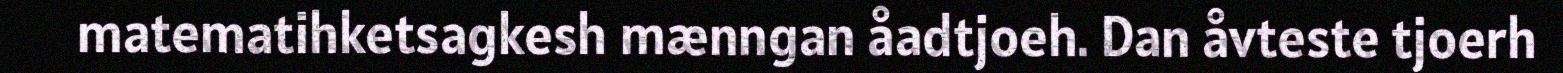
matematihketsagkesh mænngan åadtjoeh. Dan åvteste tjoerh